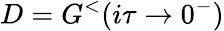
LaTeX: D=G^{<}(i\tau\rightarrow 0^{-})